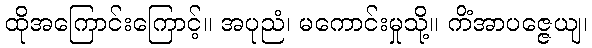
ထိုအကြောင်းကြောင့်။ အပုညံ၊ မကောင်းမှုသို့။ ကိံအာပဇ္ဇေယျ၊